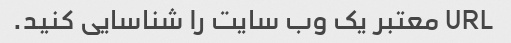
URL معتبر یک وب سایت را شناسایی کنید.